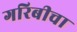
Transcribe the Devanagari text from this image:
गरिबीचा